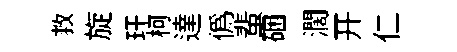
救旋玕柯達偽蜚硱濶开仁